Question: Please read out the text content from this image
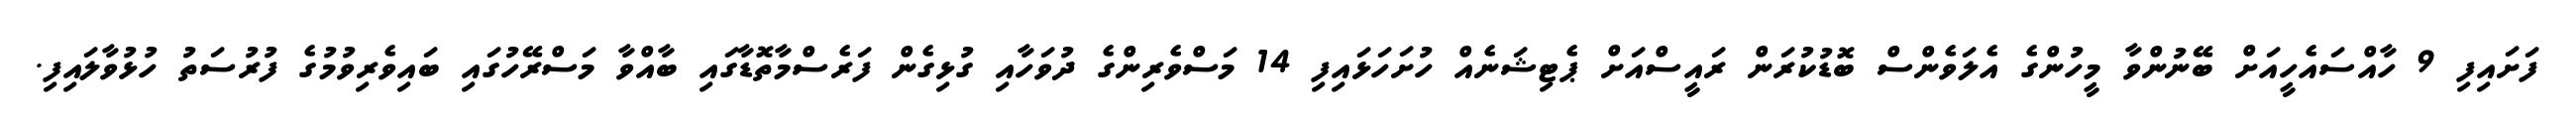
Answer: ފަށައިފި 9 ހާއްސައެހީއަށް ބޭނުންވާ މީހުންގެ އެލަވެންސް ބޮޑުކުރަން ރައީސްއަށް ޕެޓިޝަނެއް ހުށަހަޅައިފި 14 މަސްވެރިންގެ ދުވަހާއި ގުޅިގެން ފަރެސްމާތޮޑާގައި ބާއްވާ މަސްރޭހުގައި ބައިވެރިވުމުގެ ފުރުސަތު ހުޅުވާލައިފި.